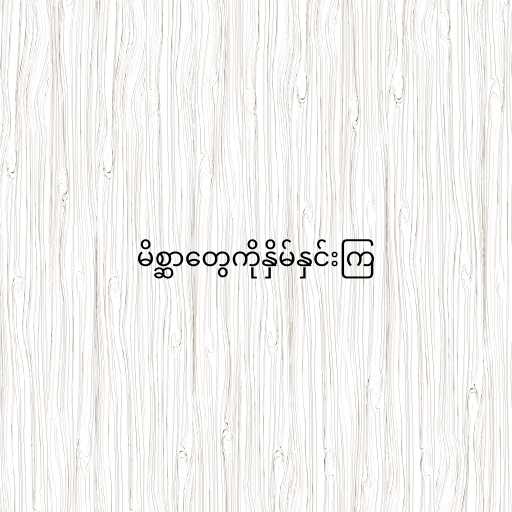
မိစ္ဆာတွေကိုနှိမ်နှင်းကြ